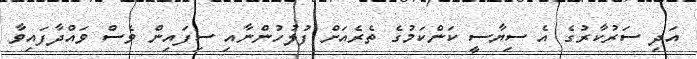
އަދި ސަރުކާރުގެ އެ ސިޔާސީ ކަންކަމުގެ ތެރެއަށް ފުލުހުންނާއި ސިފައިން ވެސް ވައްދާފައިވާ